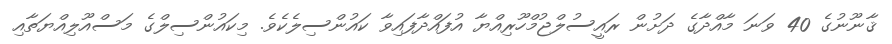
ޤާނޫނުގެ 40 ވަނަ މާއްދާގެ ދަށުން ރައީސުލްޖުމްހޫރިއްޔާ އުފައްދާފައިވާ ކައުންސިލެކެވެ. މިކައުންސިލްގެ މަސްއޫލިއްޔަތާއި